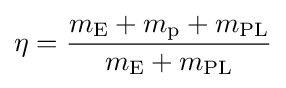
\eta ={\frac {m_{\mathrm {E} }+m_{\mathrm {p} }+m_{\mathrm {PL} }}{m_{\mathrm {E} }+m_{\mathrm {PL} }}}